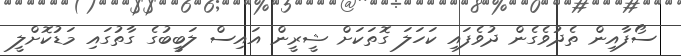
ސޯފާއިން ތެދުވެގެން ދުވެފައި ކަހަލަ ގޮތަކަށް ޝީރީން އައިސް ލަބީބުގެ ގާތުގައި މަޑުކޮށްލީ